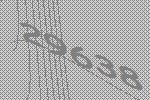
29638